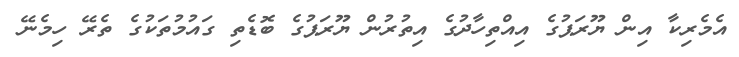
އެމެރިކާ އިން ޔޫރަޕުގެ އިއްތިހާދުގެ އިތުރުން ޔޫރަޕުގެ ބޮޑެތި ގައުމުތަކުގެ ތެރޭ ހިމެނޭ